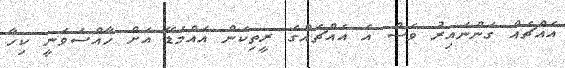
އެއްޗެއް ގަންނައިރު ވެސް އެ އެއްޗެއްގެ ރީތިކަން އައްމަޑޭ އަށް ހާއްސަވަނީ ކިހާ